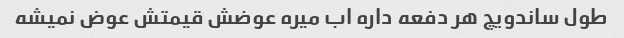
طول ساندویچ هر دفعه داره اب میره عوضش قیمتش عوض نمیشه